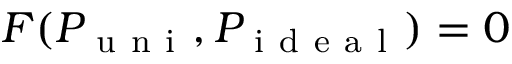
F ( P _ { \mathrm { ~ u ~ n ~ i ~ } } , P _ { \mathrm { ~ i ~ d ~ e ~ a ~ l ~ } } ) = 0